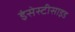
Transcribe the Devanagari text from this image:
इंसेस्टीसाइड